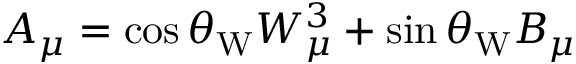
A _ { \mu } = \cos \theta _ { \mathrm { W } } W _ { \mu } ^ { 3 } + \sin \theta _ { \mathrm { W } } B _ { \mu }